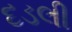
દડલી